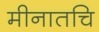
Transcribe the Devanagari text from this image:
मीनातचि